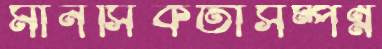
মানসিকতাসম্পন্ন